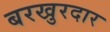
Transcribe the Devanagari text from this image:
बरखुरदार